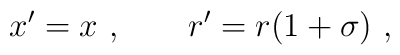
x' = x~,\qquad r' = r (1+\sigma)~,